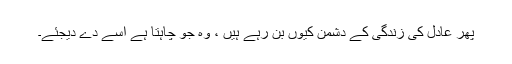
پھر عادل کی زندگی کے دُشمن کیوں بن رہے ہیں ، وہ جو چاہتا ہے اُسے دے دیجئے۔